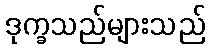
ဒုက္ခသည်များသည်